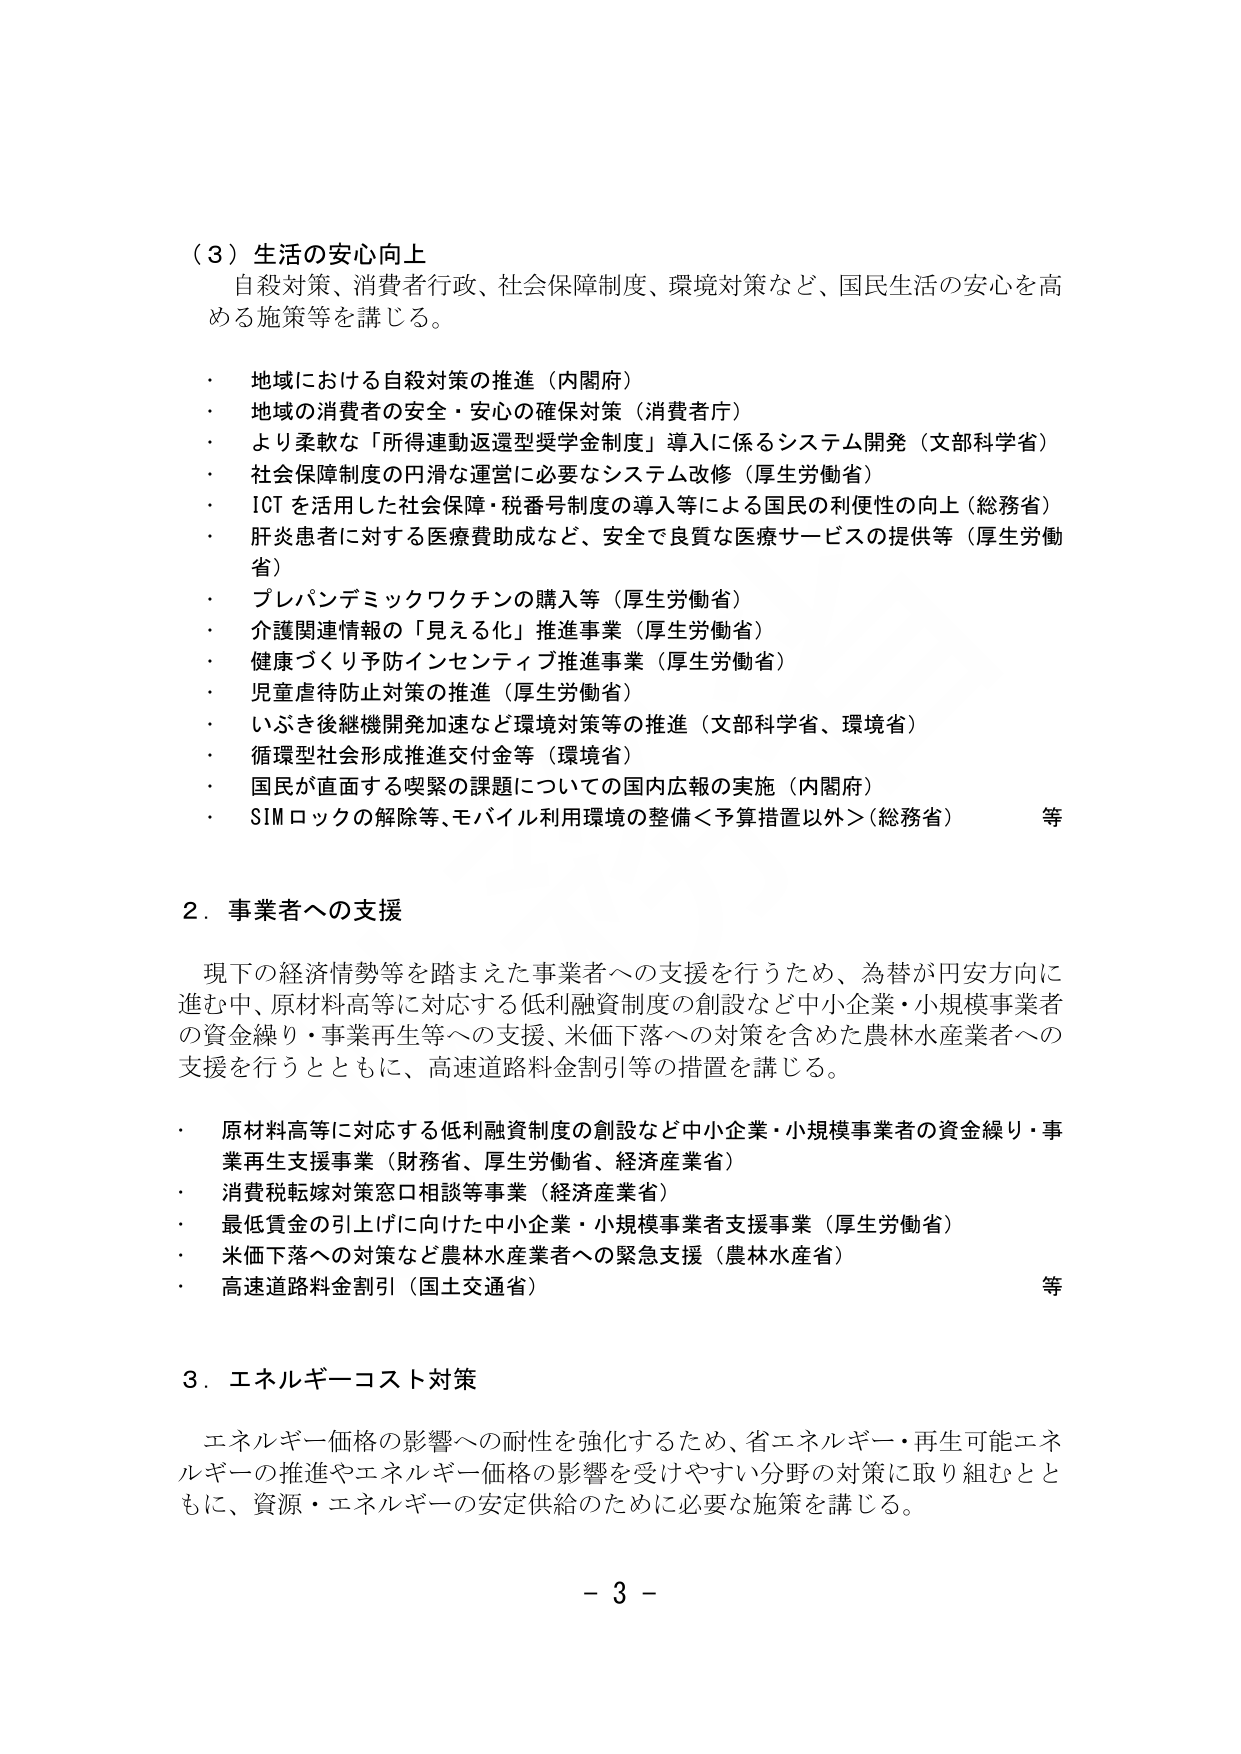
（３）生活の安心向上
自殺対策、消費者行政、社会保障制度、環境対策など、国民生活の安心を高める施策等を講じる。

・ 地域における自殺対策の推進（内閣府）
・ 地域の消費者の安全・安心の確保対策（消費者庁）
・ より柔軟な「所得連動返還型奨学金制度」導入に係るシステム開発（文部科学省）
・ 社会保障制度の円滑な運営に必要なシステム改修（厚生労働省）
・ ICTを活用した社会保障・税番号制度の導入等による国民の利便性の向上（総務省）
・ 肝炎患者に対する医療費助成など、安全で良質な医療サービスの提供等（厚生労働省）
・ ブレパンデミックワクチンの購入等（厚生労働省）
・ 介護関連情報の「見える化」推進事業（厚生労働省）
・ 健康づくり予防インセンティブ推進事業（厚生労働省）
・ 児童虐待防止対策の推進（厚生労働省）
・ いざさ後継機開発加速など環境対策等の推進（文部科学省、環境省）
・ 循環型社会形成推進交付金等（環境省）
・ 国民が直面する喫緊の課題についての国内広報の実施（内閣府）
・ SIMロックの解除等、モバイル利用環境の整備＜予算措置以外＞（総務省）　等

２．事業者への支援
現下の経済情勢等を踏まえた事業者への支援を行うため、為替が円安方向に進む中、原材料高等に対応する低利融資制度の創設など中小企業・小規模事業者の資金繰り・事業再生等への支援、米価下落への対策を含めた農林水産業者への支援を行うとともに、高速道路料金割引等の措置を講じる。

・ 原材料高等に対応する低利融資制度の創設など中小企業・小規模事業者の資金繰り・事業再生支援事業（財務省、厚生労働省、経済産業省）
・ 消費税転嫁対策窓口相談等事業（経済産業省）
・ 最低賃金の引上げに向けた中小企業・小規模事業者支援事業（厚生労働省）
・ 米価下落への対策など農林水産業者への緊急支援（農林水産省）
・ 高速道路料金割引（国土交通省）　等

３．エネルギーコスト対策
エネルギー価格の影響への耐性を強化するため、省エネルギー・再生可能エネルギーの推進やエネルギー価格の影響を受けやすい分野の対策に取り組むとともに、資源・エネルギーの安定供給のために必要な施策を講じる。

－ 3 －